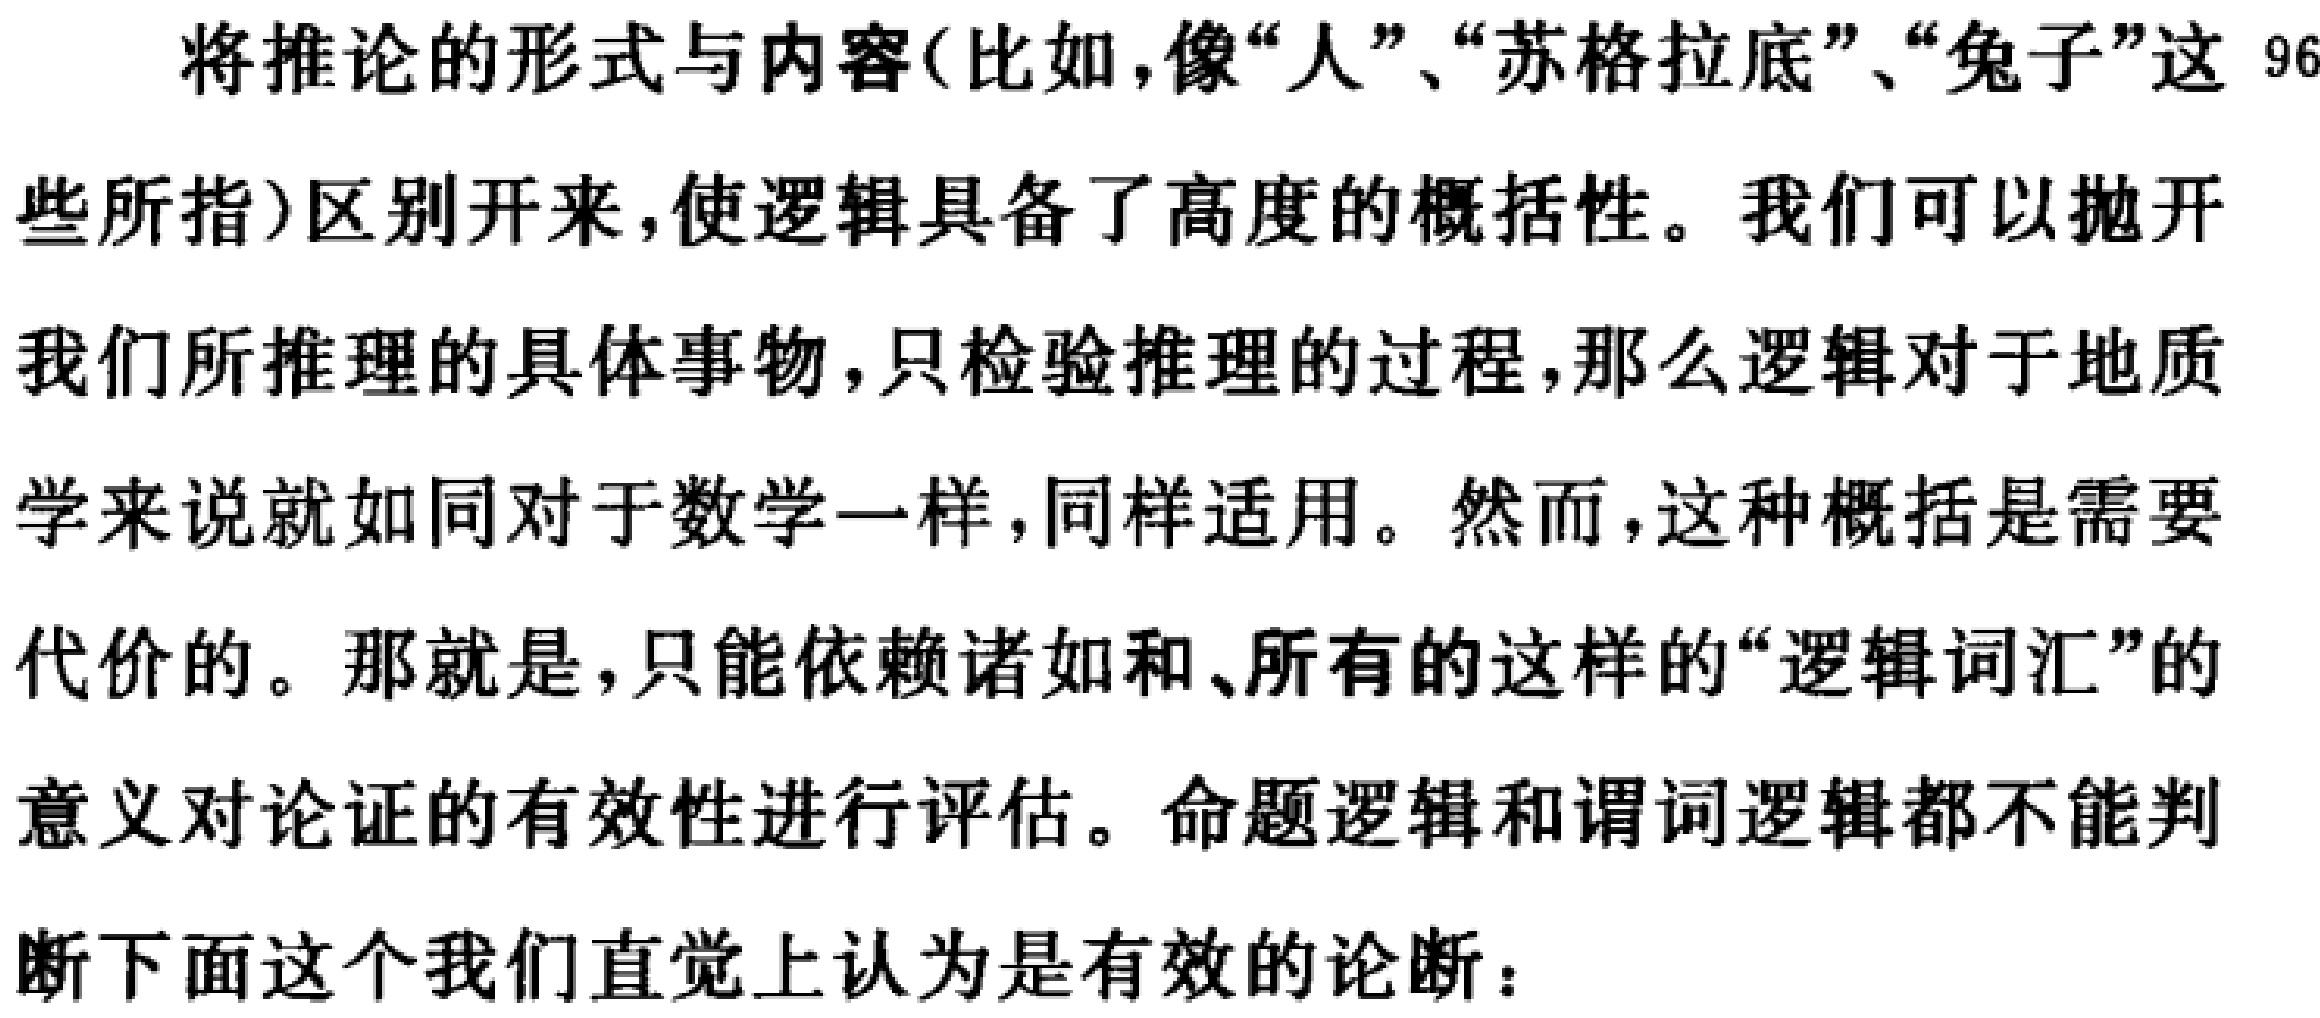
将推论的形式与内容(比如,像“人”、“苏格拉底”、“兔子”这 96
些所指)区别开来,使逻辑具备了高度的概括性。我们可以抛开
我们所推理的具体事物,只检验推理的过程,那么逻辑对于地质
学来说就如同对于数学一样,同样适用。然而,这种概括是需要
代价的。那就是,只能依赖诸如和、所有的这样的“逻辑词汇”的
意义对论证的有效性进行评估。命题逻辑和谓词逻辑都不能判
断下面这个我们直觉上认为是有效的论断：